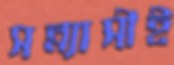
সন্ন্যাসীই